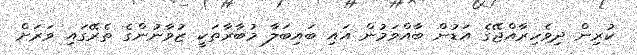
ކުރިން ދިވެހިރާއްޖޭގެ އަޑުން ބާއްވަމުން އައި ބައިބަލާ މުބާރާތަކީ ޒުވާނުންގެ ތެރޭގައި ވަރަށް